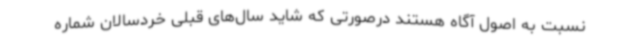
نسبت به اصول آگاه هستند درصورتی که شاید سال‌های قبلی خردسالان شماره